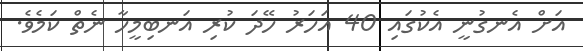
އަށް އެނގުނީ އެކުގައި 40 އަހަރު ހޭދަ ކުރި އަނބިމީހާ ނެތް ކަމެވެ.